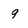
Character: 9